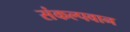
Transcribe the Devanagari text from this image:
संकल्पवान